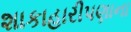
શાકાહારીપણાના